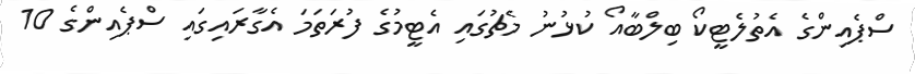
ސްޕެއިންގެ އެތުލެޓީކޯ ބިލްބާއޯ ކުޅުނު މެޗުގައި އެޓީމުގެ ފުރަތަމަ އެގާރައިގައި ސްޕެއިންގެ 10